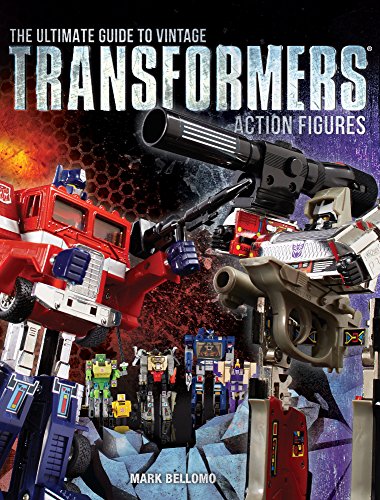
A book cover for The Ultimate Guide to Vintage Transformers Action Figures; Mark Bellomo; Crafts, Hobbies & Home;